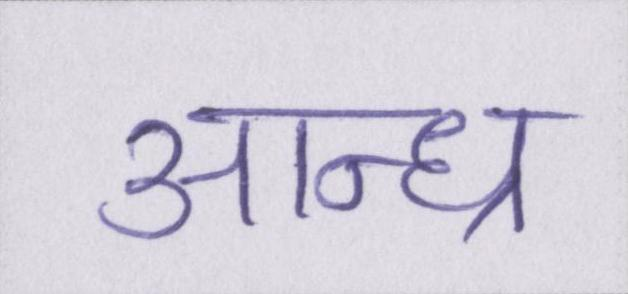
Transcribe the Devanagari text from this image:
आन्ध्र